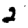
Digit: 2